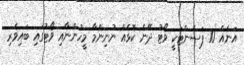
އަނެއް 10 ޕަސެންޓަކީ ވޯޓު ދޭނެ ކޮޅެއް ނުނިންމާ މީހުންނާއި ވޯޓުގައި ބައިވެރި